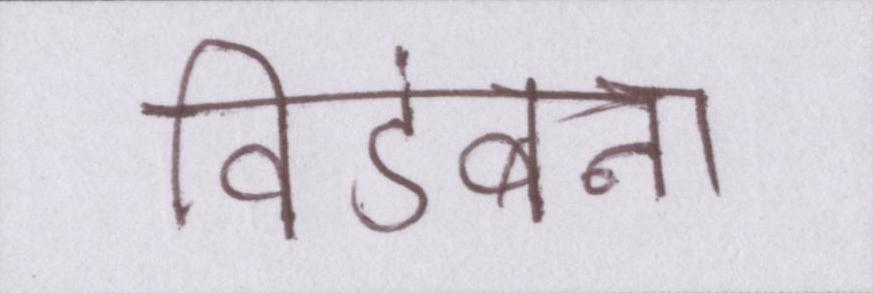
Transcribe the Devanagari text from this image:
विडंबना